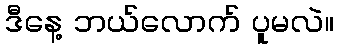
ဒီနေ့ ဘယ်လောက် ပူမလဲ။